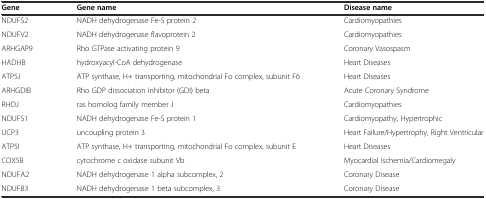
<table><thead><tr><td><b>Gene</b></td><td><b>Gene name</b></td><td><b>Disease name</b></td></tr></thead><tbody><tr><td>NDUFS2</td><td>NADH dehydrogenase Fe-S protein 2</td><td>Cardiomyopathies</td></tr><tr><td>NDUFV2</td><td>NADH dehydrogenase flavoprotein 2</td><td>Cardiomyopathies</td></tr><tr><td>ARHGAP9</td><td>Rho GTPase activating protein 9</td><td>Coronary Vasospasm</td></tr><tr><td>HADHB</td><td>hydroxyacyl-CoA dehydrogenase</td><td>Heart Diseases</td></tr><tr><td>ATP5J</td><td>ATP synthase, H+ transporting, mitochondrial Fo complex, subunit F6</td><td>Heart Diseases</td></tr><tr><td>ARHGDIB</td><td>Rho GDP dissociation inhibitor (GDI) beta</td><td>Acute Coronary Syndrome</td></tr><tr><td>RHOJ</td><td>ras homolog family member J</td><td>Cardiomyopathies</td></tr><tr><td>NDUFS1</td><td>NADH dehydrogenase Fe-S protein 1</td><td>Cardiomyopathy, Hypertrophic</td></tr><tr><td>UCP3</td><td>uncoupling protein 3</td><td>Heart Failure/Hypertrophy, Right Ventricular</td></tr><tr><td>ATP5I</td><td>ATP synthase, H+ transporting, mitochondrial Fo complex, subunit E</td><td>Heart Diseases</td></tr><tr><td>COX5B</td><td>cytochrome c oxidase subunit Vb</td><td>Myocardial Ischemia/Cardiomegaly</td></tr><tr><td>NDUFA2</td><td>NADH dehydrogenase 1 alpha subcomplex, 2</td><td>Coronary Disease</td></tr><tr><td>NDUFB3</td><td>NADH dehydrogenase 1 beta subcomplex, 3</td><td>Coronary Disease</td></tr></tbody></table>